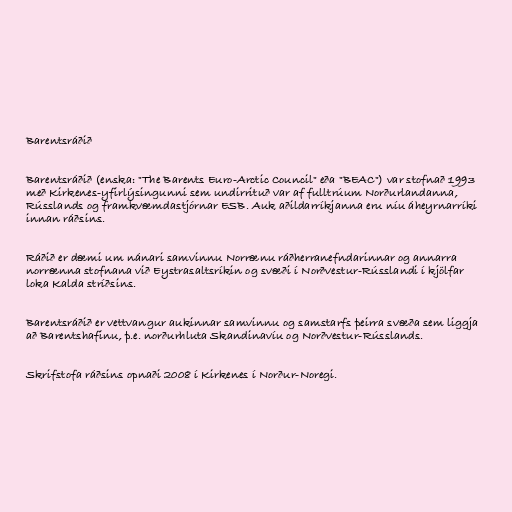
Barentsráðið

Barentsráðið (enska: "The Barents Euro-Arctic Council" eða "BEAC") var stofnað 1993
með Kirkenes-yfirlýsingunni sem undirrituð var af fulltrúum Norðurlandanna,
Rússlands og framkvæmdastjórnar ESB. Auk aðildarríkjanna eru níu áheyrnarríki
innan ráðsins.

Ráðið er dæmi um nánari samvinnu Norrænu ráðherranefndarinnar og annarra
norrænna stofnana við Eystrasaltsríkin og svæði í Norðvestur-Rússlandi í kjölfar
loka Kalda stríðsins.

Barentsráðið er vettvangur aukinnar samvinnu og samstarfs þeirra svæða sem liggja
að Barentshafinu, þ.e. norðurhluta Skandinavíu og Norðvestur-Rússlands.

Skrifstofa ráðsins opnaði 2008 í Kirkenes í Norður-Noregi.